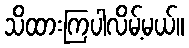
သိထားကြပါလိမ့်မယ်။